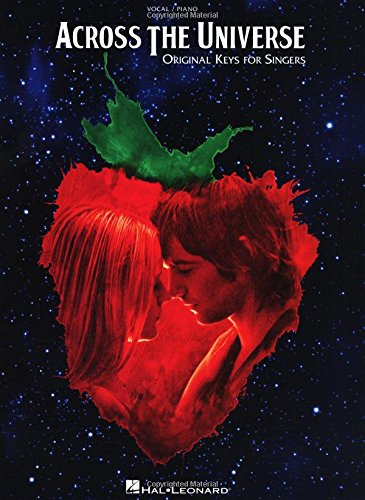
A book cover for Across the Universe: Original Keys for Singers (Vocal Piano); The Beatles; Humor & Entertainment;